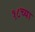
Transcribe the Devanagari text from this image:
१८च्या